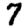
Digit: 7